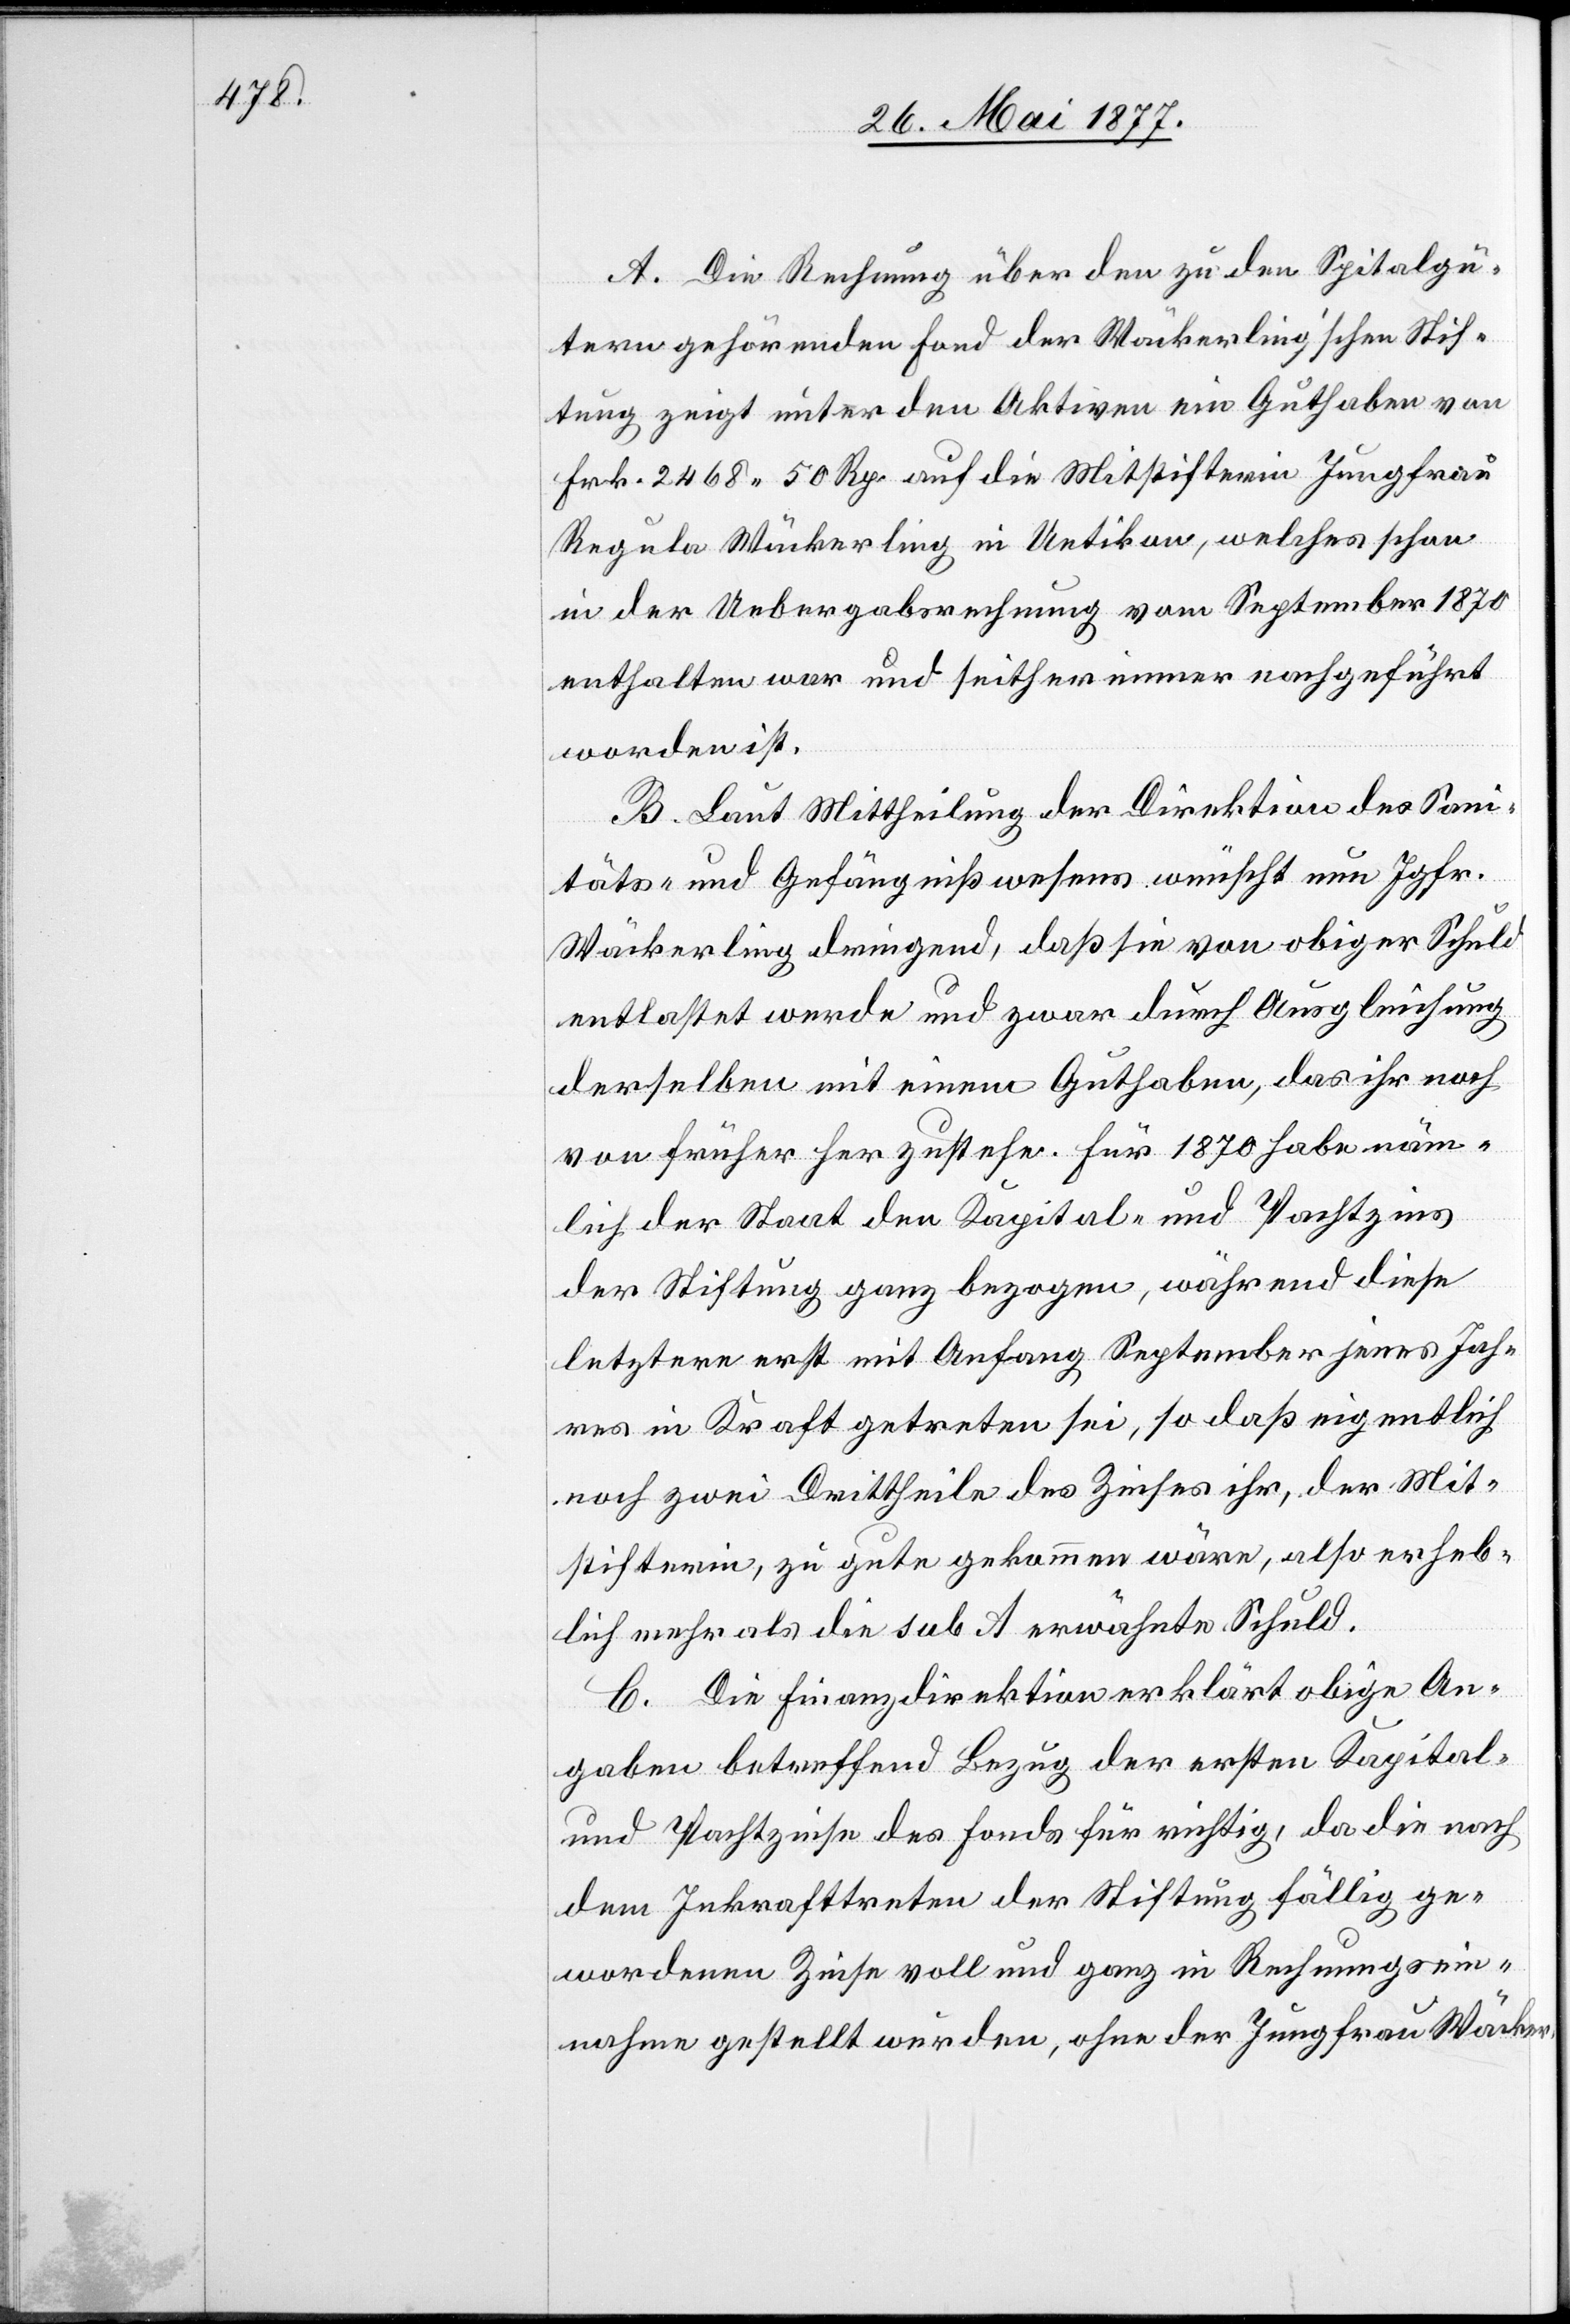
A. Die Rechnung über den zu den Spitalgü¬
tern gehörenden Fond der Wäckerling’schen Stif¬
tung zeigt unter den Aktiven ein Guthaben von
Frk. 2468 50 Rp. auf die Mitstifterin Jungfrau
Regula Wäckerling in Uetikon, welches schon
in der Uebergabsrechnung vom September 1870
enthalten war und seither immer nachgeführt
worden ist.
B. Laut Mittheilung der Direktion des Sani¬
täts- und Gefängnißwesens wünscht nun Jgfr.
Wäckerling dringend, daß sie von obiger Schuld
entlastet werde und zwar durch Ausgleichung
derselben mit einem Guthaben, das ihr noch
von früher her zustehe. Für 1870 habe näm¬
lich der Staat den Kapital- und Pachtzins
der Stiftung ganz bezogen, während diese
letztere erst mit Anfang September jenes Jah¬
res in Kraft getreten sei, so daß eigentlich
noch zwei Drittheile des Zinses ihr, der Mit¬
stifterin, zu gute gekommen wäre, also erheb¬
lich mehr als die sub A erwähnte Schuld.
C. Die Finanzdirektion erklärt obige An¬
gabe betreffend Bezug der ersten Kapital-
und Pachtzinse des Fonds für richtig, da die nach
dem Inkrafttreten der Stiftung fällig ge¬
wordenen Zinse voll und ganz in Rechnungsein¬
nahme gestellt wurden, ohne der Jungfrau Wäcker-